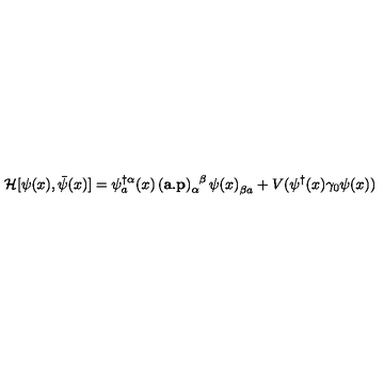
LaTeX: \mathcal { H } [ \psi ( x ) , \bar { \psi } ( x ) ] = \psi _ { a } ^ { \dag \alpha } ( x ) \ \! ( \mathbf { a } . \mathbf { p } ) _ { \alpha } ^ { \phantom { \alpha } \beta } \ \! \psi ( x ) _ { \beta a } ^ { \phantom { \beta } } + V ( \psi ^ { \dag } ( x ) \gamma _ { 0 } \psi ( x ) )